Civil Veterinary Department Bihar & Orissa reports 1922-29 - 1922-1929
Year: 1922
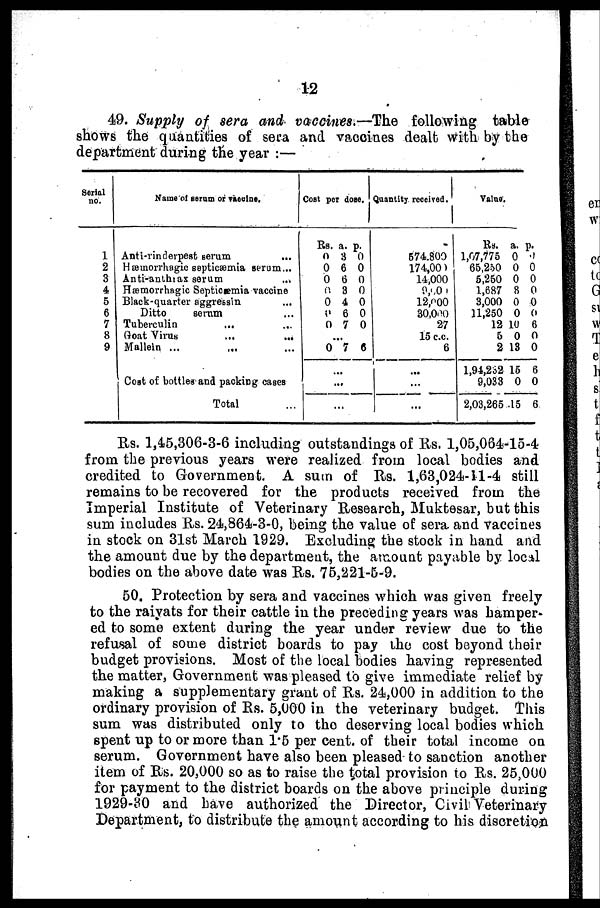
12
49. Supply of sera and vaccines.—The following table
shows the quantities of sera and vaccines dealt with by the
department during the year :—
Serial
no.
1
2
3
4
5
6
7
8
9
Name of serum or
vaccine.
Anti-rinderpest serum ...
Hæmorrhagic septicaemia serum ...
Anti-anthax serum ...
Hæmorrhagic Septicemia vaccine
Black-quarter aggressin ...
Ditto
serum ...
Tuberculin
...
Goat Virus ... ...
Mallein ... ... ...
Cost of bottles and packing cases
Total
Cost per dose.
Rs.
0
0
0
0
0
5
0
a.
3
6
6
3
4
6
7
p.
0
0
0
0
0
0
0
...
0 7 6
...
...
...
Quantity received.
574,800
174,000
14,000
9,000
12,000
30,000
27
15 c.c.
6
...
...
...
Value.
Rs.
1,07,775
65,250
6,250
1,687
3,000
11,250
12
5
2
1,94,232
9,033
2,03,265
a.
0
0
0
8
0
0
10
0
13
15
0
.15
p.
0
0
0
0
0
0
6
0
0
6
0
6
Rs. 1,45,306-3-6 including outstandings of Rs. 1,05,064-15-4
from the previous years were realized from local bodies and
credited to Government A sum of Rs. 1,63,024-11-4 still
remains to be recovered for the products received from the
Imperial Institute of Veterinary Research, Muktesar, but this
sum includes Rs. 24,864-3-0, being the value of sera, and vaccines
in stock on 31st March 1929. Excluding the stock in hand and
the amount due by the department, the amount payable by local
bodies on the above date was Rs. 75,221-5-9.
50. Protection by sera and vaccines which was given freely
to the raiyats for their cattle in the preceding years was hamper-
ed to some extent during the year under review due to the
refusal of some district boards to pay the cost beyond their
budget provisions. Most of the local bodies having represented
the matter, Government was pleased to give immediate relief by
making a supplementary grant of Rs. 24,000 in addition to the
ordinary provision of Rs. 5,000 in the veterinary budget. This
sum was distributed only to the deserving local bodies which
spent up to or more than 1.5 per cent, of their total income on
serum. Government have also been pleased to sanction another
item of Rs. 20,000 so as to raise the total provision to Rs. 25,000
for payment to the district boards on the above principle during
1929-30 and have authorized the Director, Civil Veterinary
Department, to distribute the amount according to his discretion